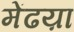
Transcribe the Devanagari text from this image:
मेंढय़ा